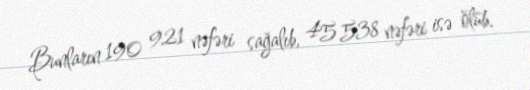
Bunların 190 921 nəfəri sağalıb, 45 538 nəfəri isə ölüb.